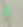
ألا